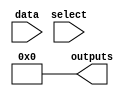
module demux_2to4 (
    input [1:0] select,
    input data,
    output [3:0] outputs
);

assign outputs = 4'b0000;

always @(*) begin
    case(select)
        2'b00: outputs = {1'b1, 1'b0, 1'b0, 1'b0}; // output 1 selected
        2'b01: outputs = {1'b0, 1'b1, 1'b0, 1'b0}; // output 2 selected
        2'b10: outputs = {1'b0, 1'b0, 1'b1, 1'b0}; // output 3 selected
        2'b11: outputs = {1'b0, 1'b0, 1'b0, 1'b1}; // output 4 selected
    endcase
end

endmodule